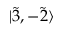
| \Tilde { 3 } , - \Tilde { 2 } \rangle